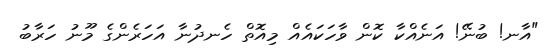
"އާނ! ބުނޭ! އަނެއްކާ ކޮން ވާހަކައެއް މިއޮތް ހެނދުނާ އަހަރެންގެ މޫނު ހަރާބު